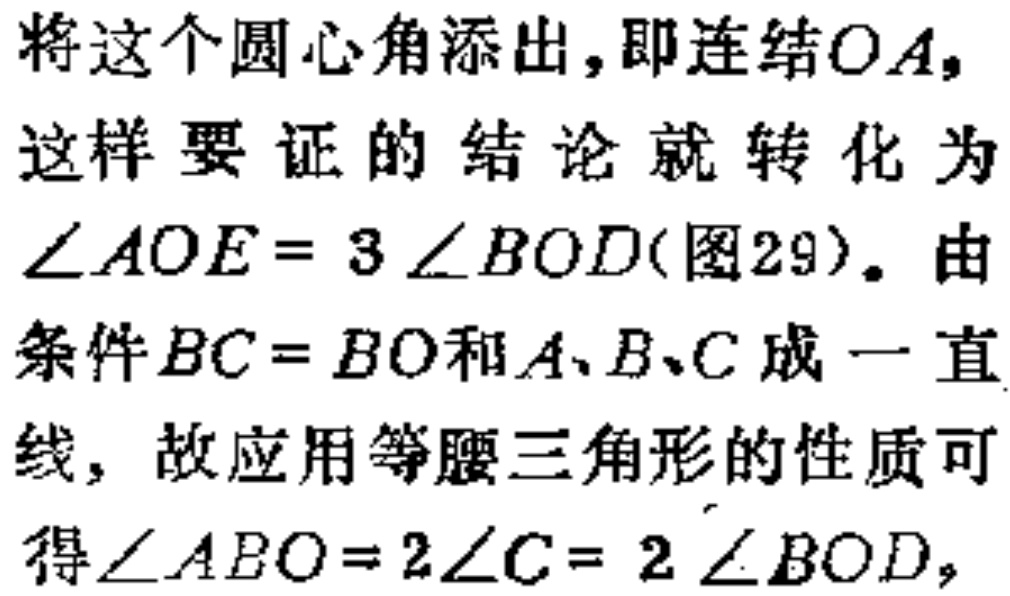
将这个圆心角添出，即连结\(OA\)，这样要证的结论就转化为\(\angle AOE = 3\angle BOD\)(图29)。由条件\(BC = BO\)和\(A、B、C\)成一直线，故应用等腰三角形的性质可得\(\angle ABO = 2\angle C = 2\angle BOD\)，